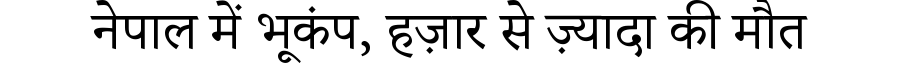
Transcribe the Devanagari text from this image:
नेपाल में भूकंप, हज़ार से ज़्यादा की मौत